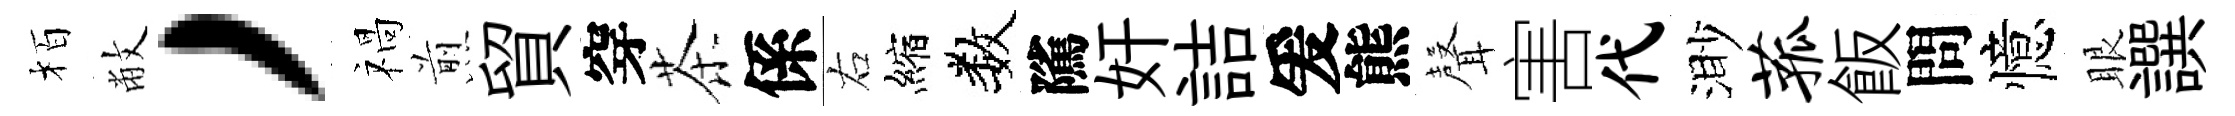
栢敝，禍煎貿穿茶係右縮数隲奸詰爰熊𮋻害代渺菰飯問憶眼譔